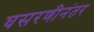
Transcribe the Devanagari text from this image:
घसरणीनंतर